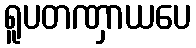
ရူပတဏှာယပေ